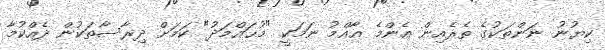
ކިޔުނު ނަންތަކުގެ ތެރެއިން އެންމެ ޢާއްމު ނަމަކީ "މުޙައްމަދު" ކަމަށް ދިރާސާތަކުން ދެއްކުމާ